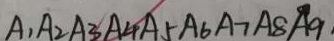
A _ { 1 } A _ { 2 } A _ { 3 } A _ { 4 } A _ { 5 } A _ { 6 } A _ { 7 } A _ { 8 } A _ { 9 }